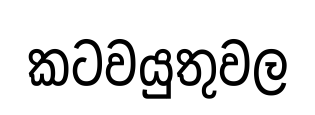
කටවයුතුවල